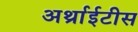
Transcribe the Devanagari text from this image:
अर्थ्राईटीस